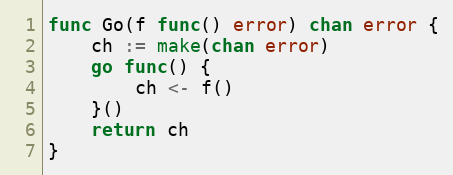
Language: Go
func Go(f func() error) chan error {
	ch := make(chan error)
	go func() {
		ch <- f()
	}()
	return ch
}